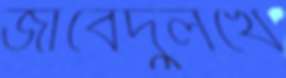
জাবেদুলখেঁ